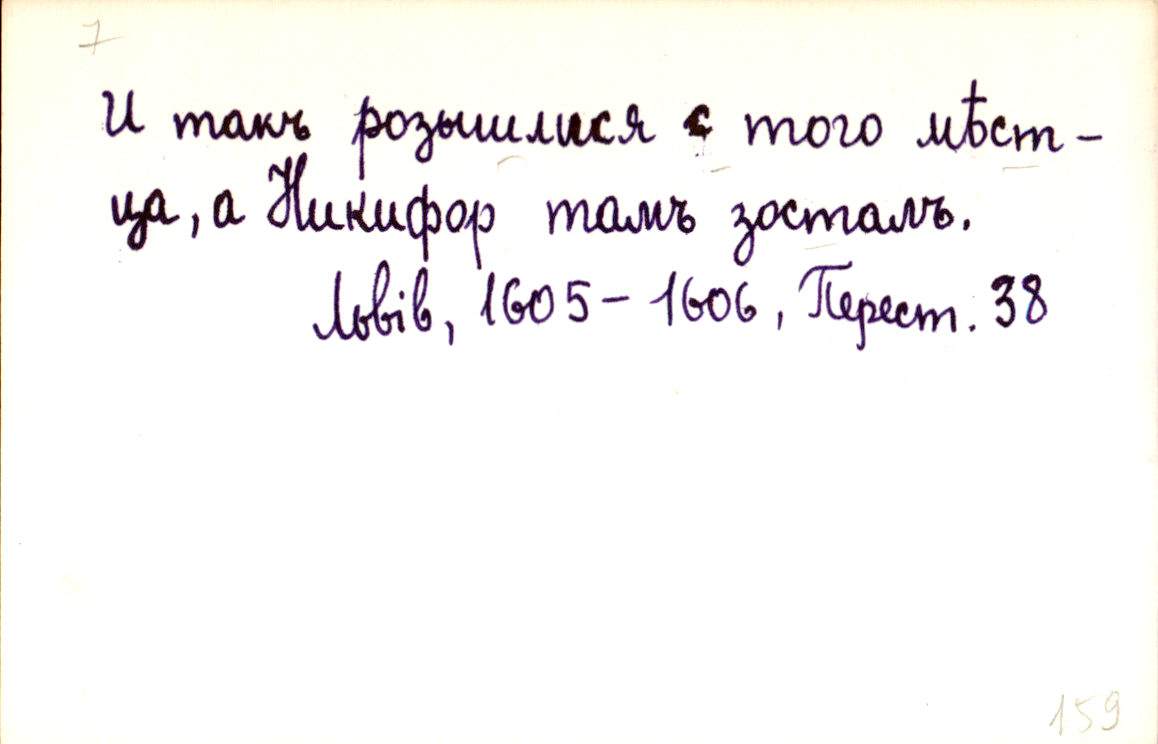
И такъ розышлися с того мѣст-
ца, а Никифор тамъ зосталъ.
Львів, 1605-1606, Перест. 38